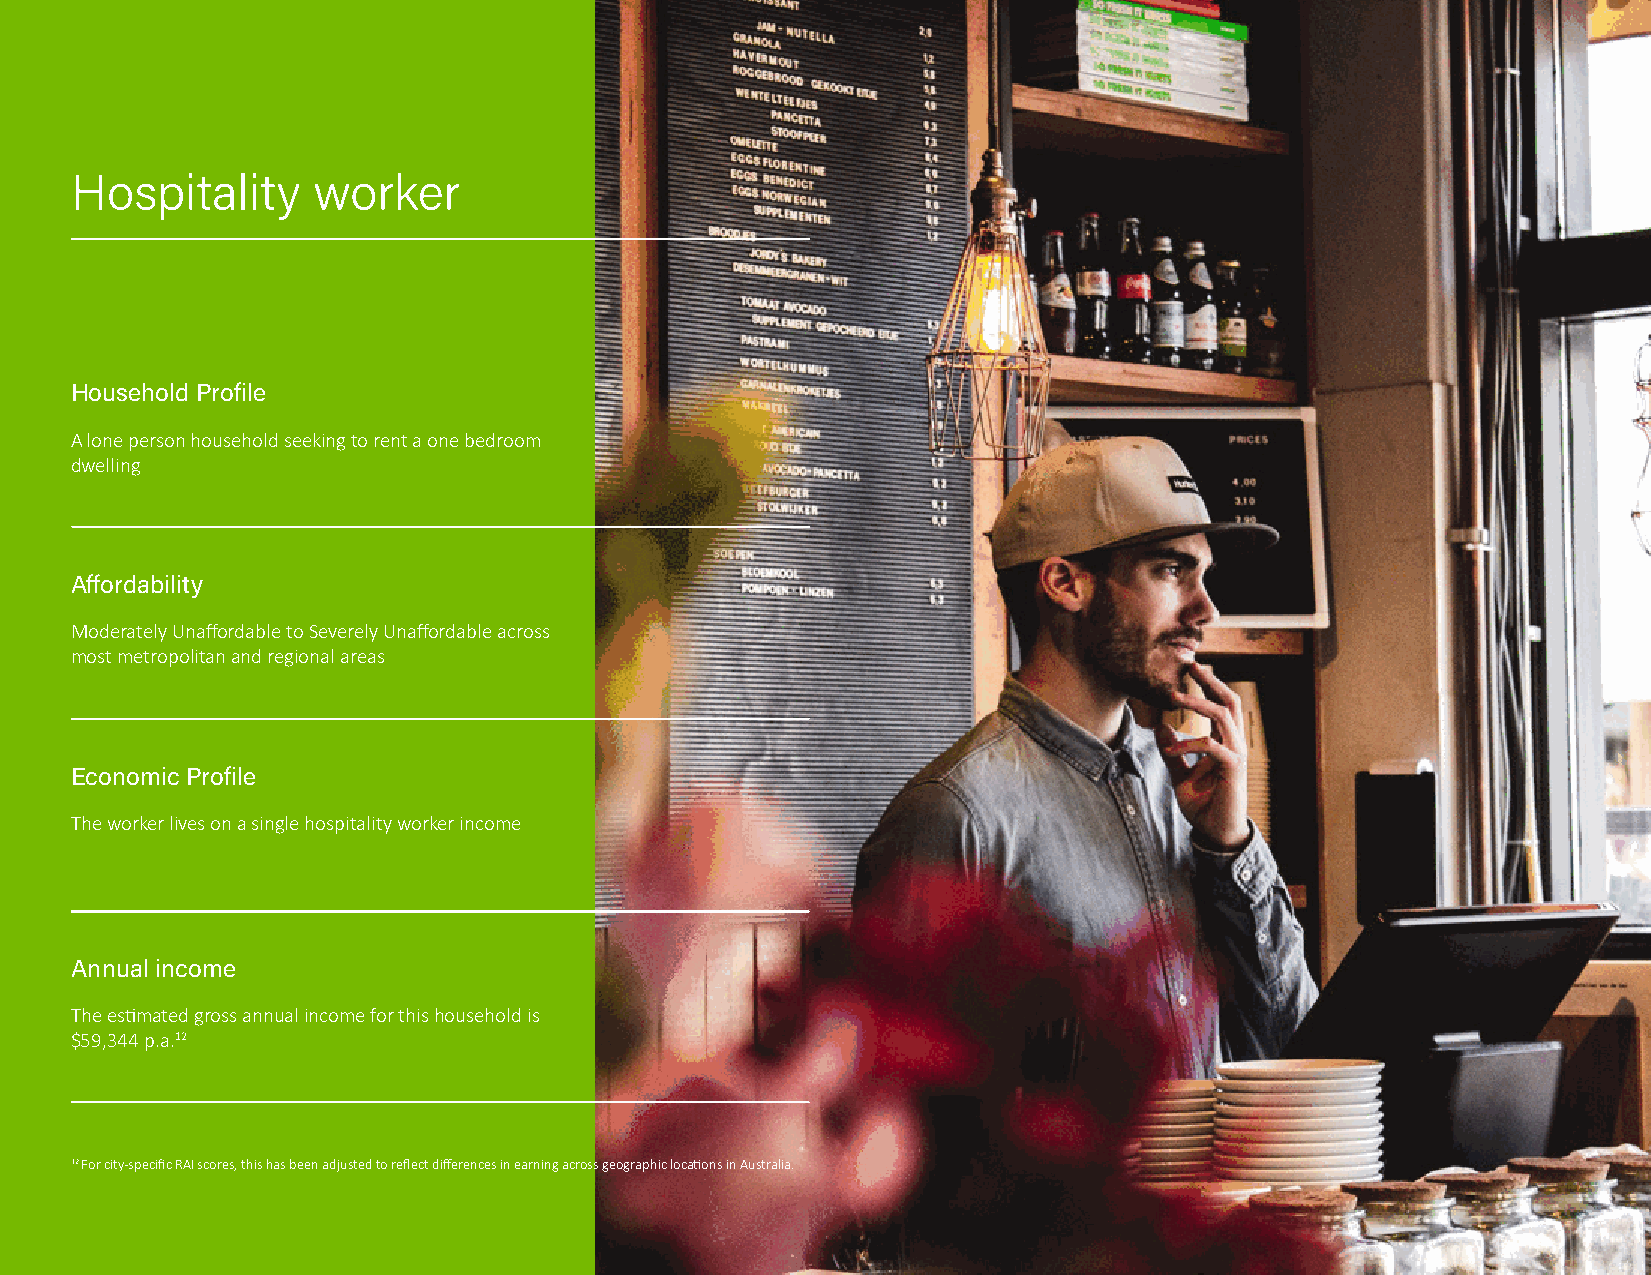
Hospitality     worker
 Household Profile
 A lone person household seeking to rent a one bedroom
 dwelling
 Affordability
 Moderately Unaffordable to Severely Unaffordable across
 most metropolitan and regional areas
 Economic Profile
 The worker lives on a single hospitality worker income
 Annual income
 The estimated gross annual income for this household is
 $59,344 p.a.12
 12 For city-specific RAI scores, this has been adjusted to reflect differences in earning across geographic locations in Australia.
 42   RENTAL AFFORDABILITY INDEX